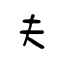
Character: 夫